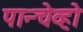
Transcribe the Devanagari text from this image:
पान्चेव्हो